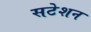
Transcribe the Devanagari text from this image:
सटेशन